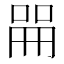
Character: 𫪡